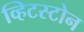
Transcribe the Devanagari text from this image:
व्हिटस्टोन